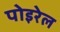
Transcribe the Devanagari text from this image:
पोइरेल